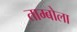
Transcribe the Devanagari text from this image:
ताम्बोला